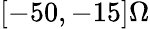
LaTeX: [-50,-15]\Omega